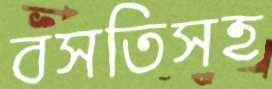
বসতিসহ